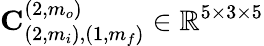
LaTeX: \mathbf{C}_{(2,m_{i}),(1,m_{f})}^{(2,m_{o})}\in\mathbb{R}^{5\times 3\times 5}